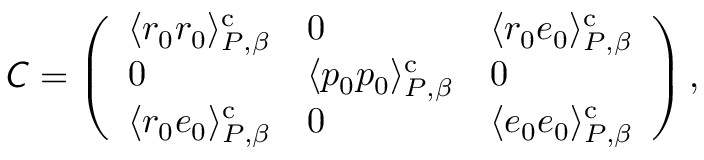
\mathsfit { C } = \left( \begin{array} { l l l } { \langle r _ { 0 } r _ { 0 } \rangle _ { P , \beta } ^ { \mathrm { c } } } & { 0 } & { \langle r _ { 0 } e _ { 0 } \rangle _ { P , \beta } ^ { \mathrm { c } } } \\ { 0 } & { \langle p _ { 0 } p _ { 0 } \rangle _ { P , \beta } ^ { \mathrm { c } } } & { 0 } \\ { \langle r _ { 0 } e _ { 0 } \rangle _ { P , \beta } ^ { \mathrm { c } } } & { 0 } & { \langle e _ { 0 } e _ { 0 } \rangle _ { P , \beta } ^ { \mathrm { c } } } \end{array} \right) ,